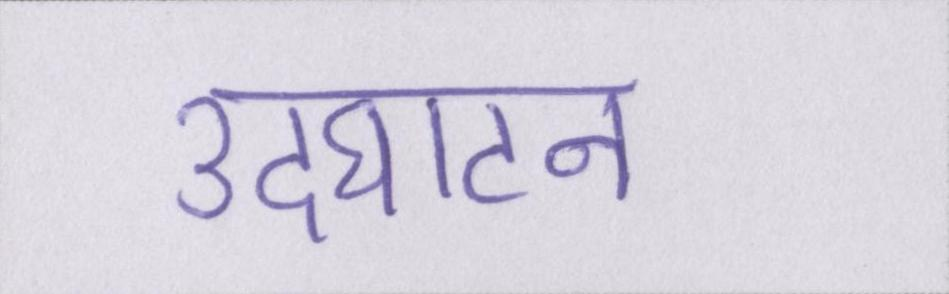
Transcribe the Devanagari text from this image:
उदघाटन